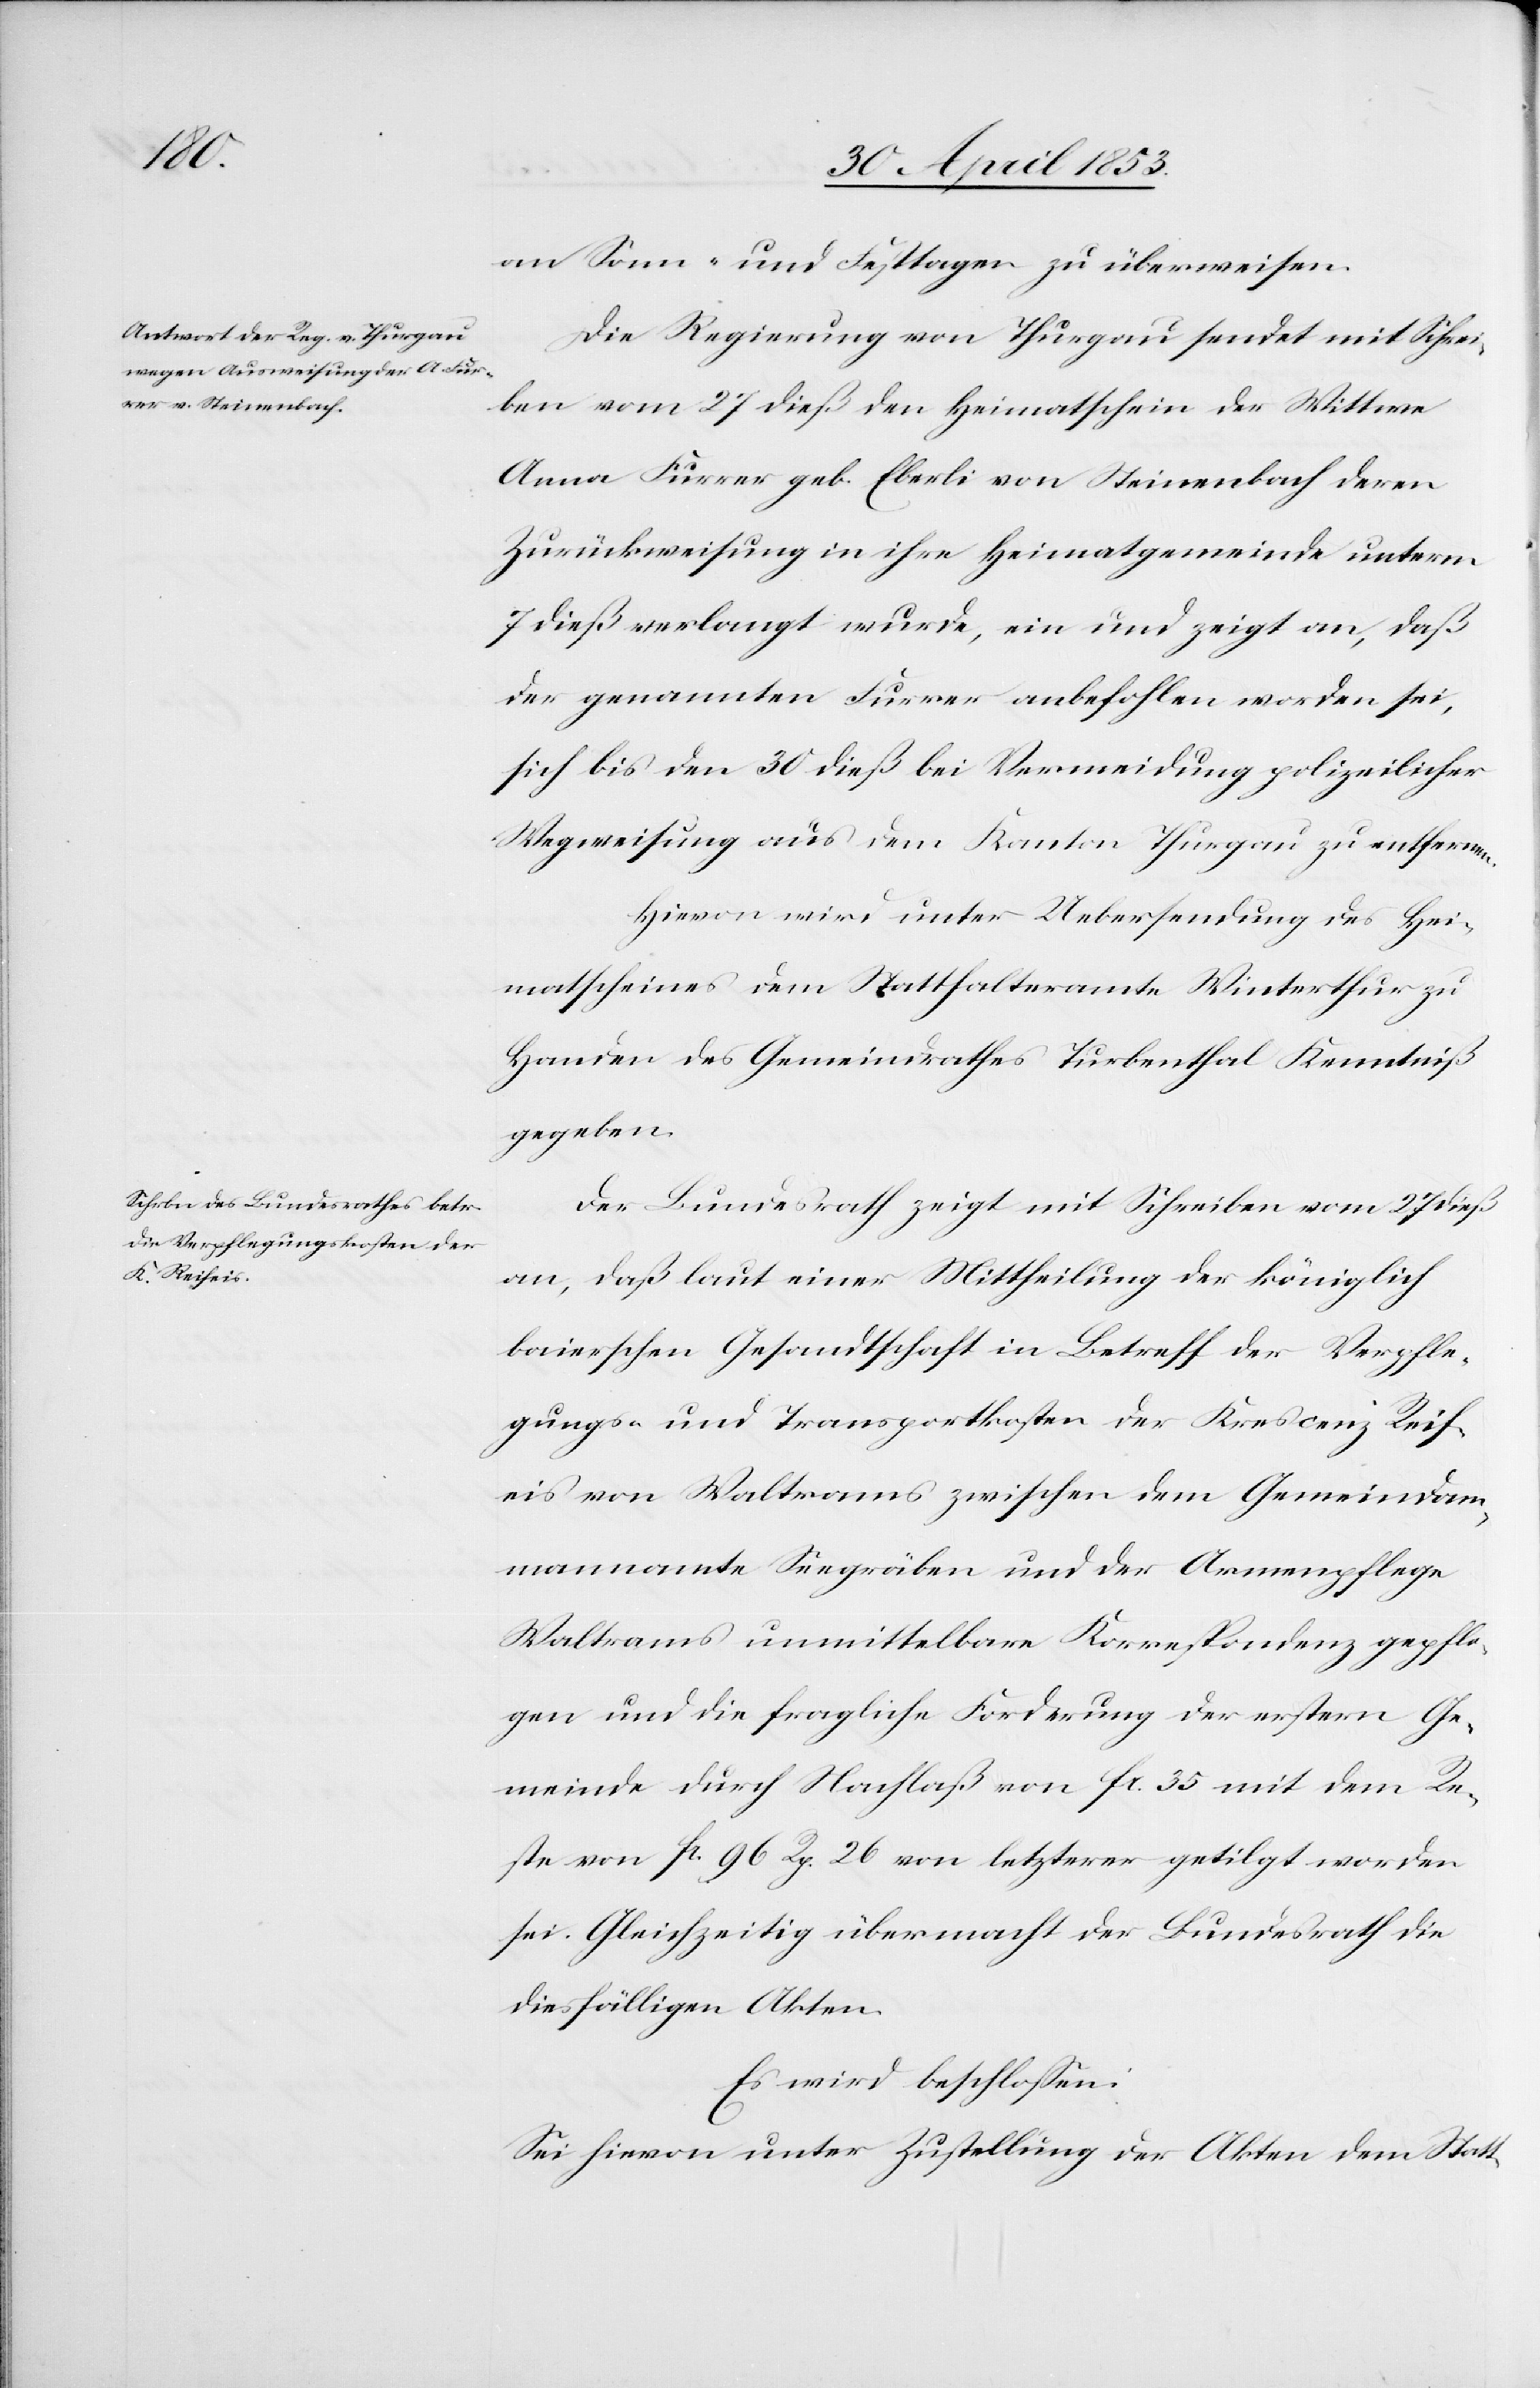
an Sonn- und Festtagen zu überweisen.
Die Regierung von Thurgau sendet mit Schrei¬
ben vom 27 dieß den Heimathschien der Wittwe
Anna Furrer geb. Eberli von Steinenbach deren
Zurückweisung in ihre Heimatgemeinde unterm
7 dieß verlangt wurde, ein und zeigt an, daß
der genannten Furrer anbefohlen worden sei,
sich bis den 30 dieß bei Vermeidung polizeilicher
Wegweisung aus dem Kanton Thurgau zu entfernen.
Hievon wird unter Uebersendung des Hei¬
matscheines dem Statthalteramte Winterthur zu
Handen des Gemeindrathes Turbenthal Kenntniß
gegeben.
Der Bundesrath zeigt mit Schreiben vom 27 dieß
an, daß laut einer Mittheilung der königlich
baierschen Gesandtschaft in Betreff der Verpfle¬
gung und Transportkosten der Krescenz Reif¬
eis von Waltrams zwischen dem Gemeindam¬
mannamte Seegräben und der Armenpflege
Waltrams unmittelbare Korrespondenz gepflo¬
gen und die fragliche Forderung der erstern Ge¬
meinde durch Nachlaß von fr. 35 mit dem Re¬
ste von fr. 96 Rp. 26 von letzterer getilgt worden
sei. Gleichzeitig übermacht der Bundesrath die
diesfälligen Akten
Es wird beschloßen:
Sei hievon unter Zustellung der Akten dem Statt-